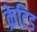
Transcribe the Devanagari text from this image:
क्रेटिड